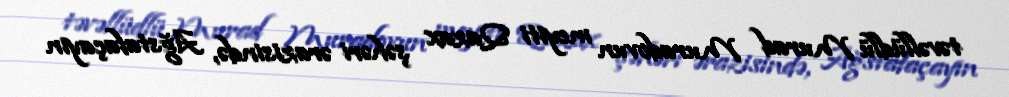
təvəllüdlü Murad Muradovun meyiti Qazax şəhəri ərazisində, Ağstafaçayın